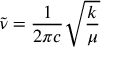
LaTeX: { \tilde { \nu } } = { \frac { 1 } { 2 \pi c } } { \sqrt { \frac { k } { \mu } } }